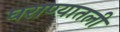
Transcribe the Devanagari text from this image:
घराण्यातली